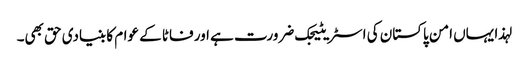
لہذا یہاں امن پاکستان کی اسٹریٹیجک ضرورت ہے اور فاٹا کے عوام کا بنیادی حق بھی۔